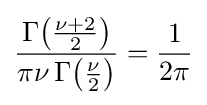
{\frac {\Gamma {\left({\frac {\nu +2}{2}}\right)}}{\pi \nu \,\Gamma {\left({\frac {\nu }{2}}\right)}}}={\frac {1}{2\pi }}